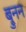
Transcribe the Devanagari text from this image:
ब्रुनन